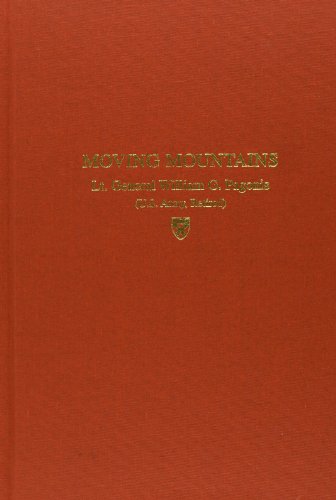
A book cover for Moving Mountains: Lessons in Leadership and Logistics from the Gulf War; William G. Pagonis; History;